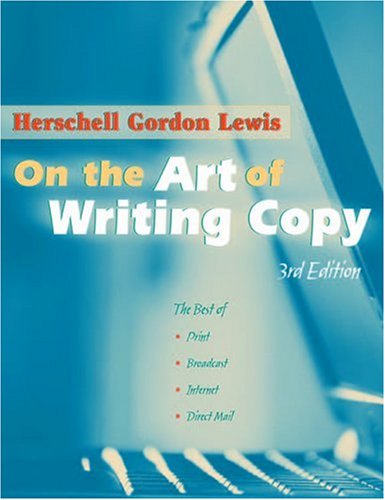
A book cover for On the Art of Writing Copy: Third Edition; Herschell Gordon Lewis; Business & Money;